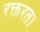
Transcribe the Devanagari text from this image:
रक्तरत।